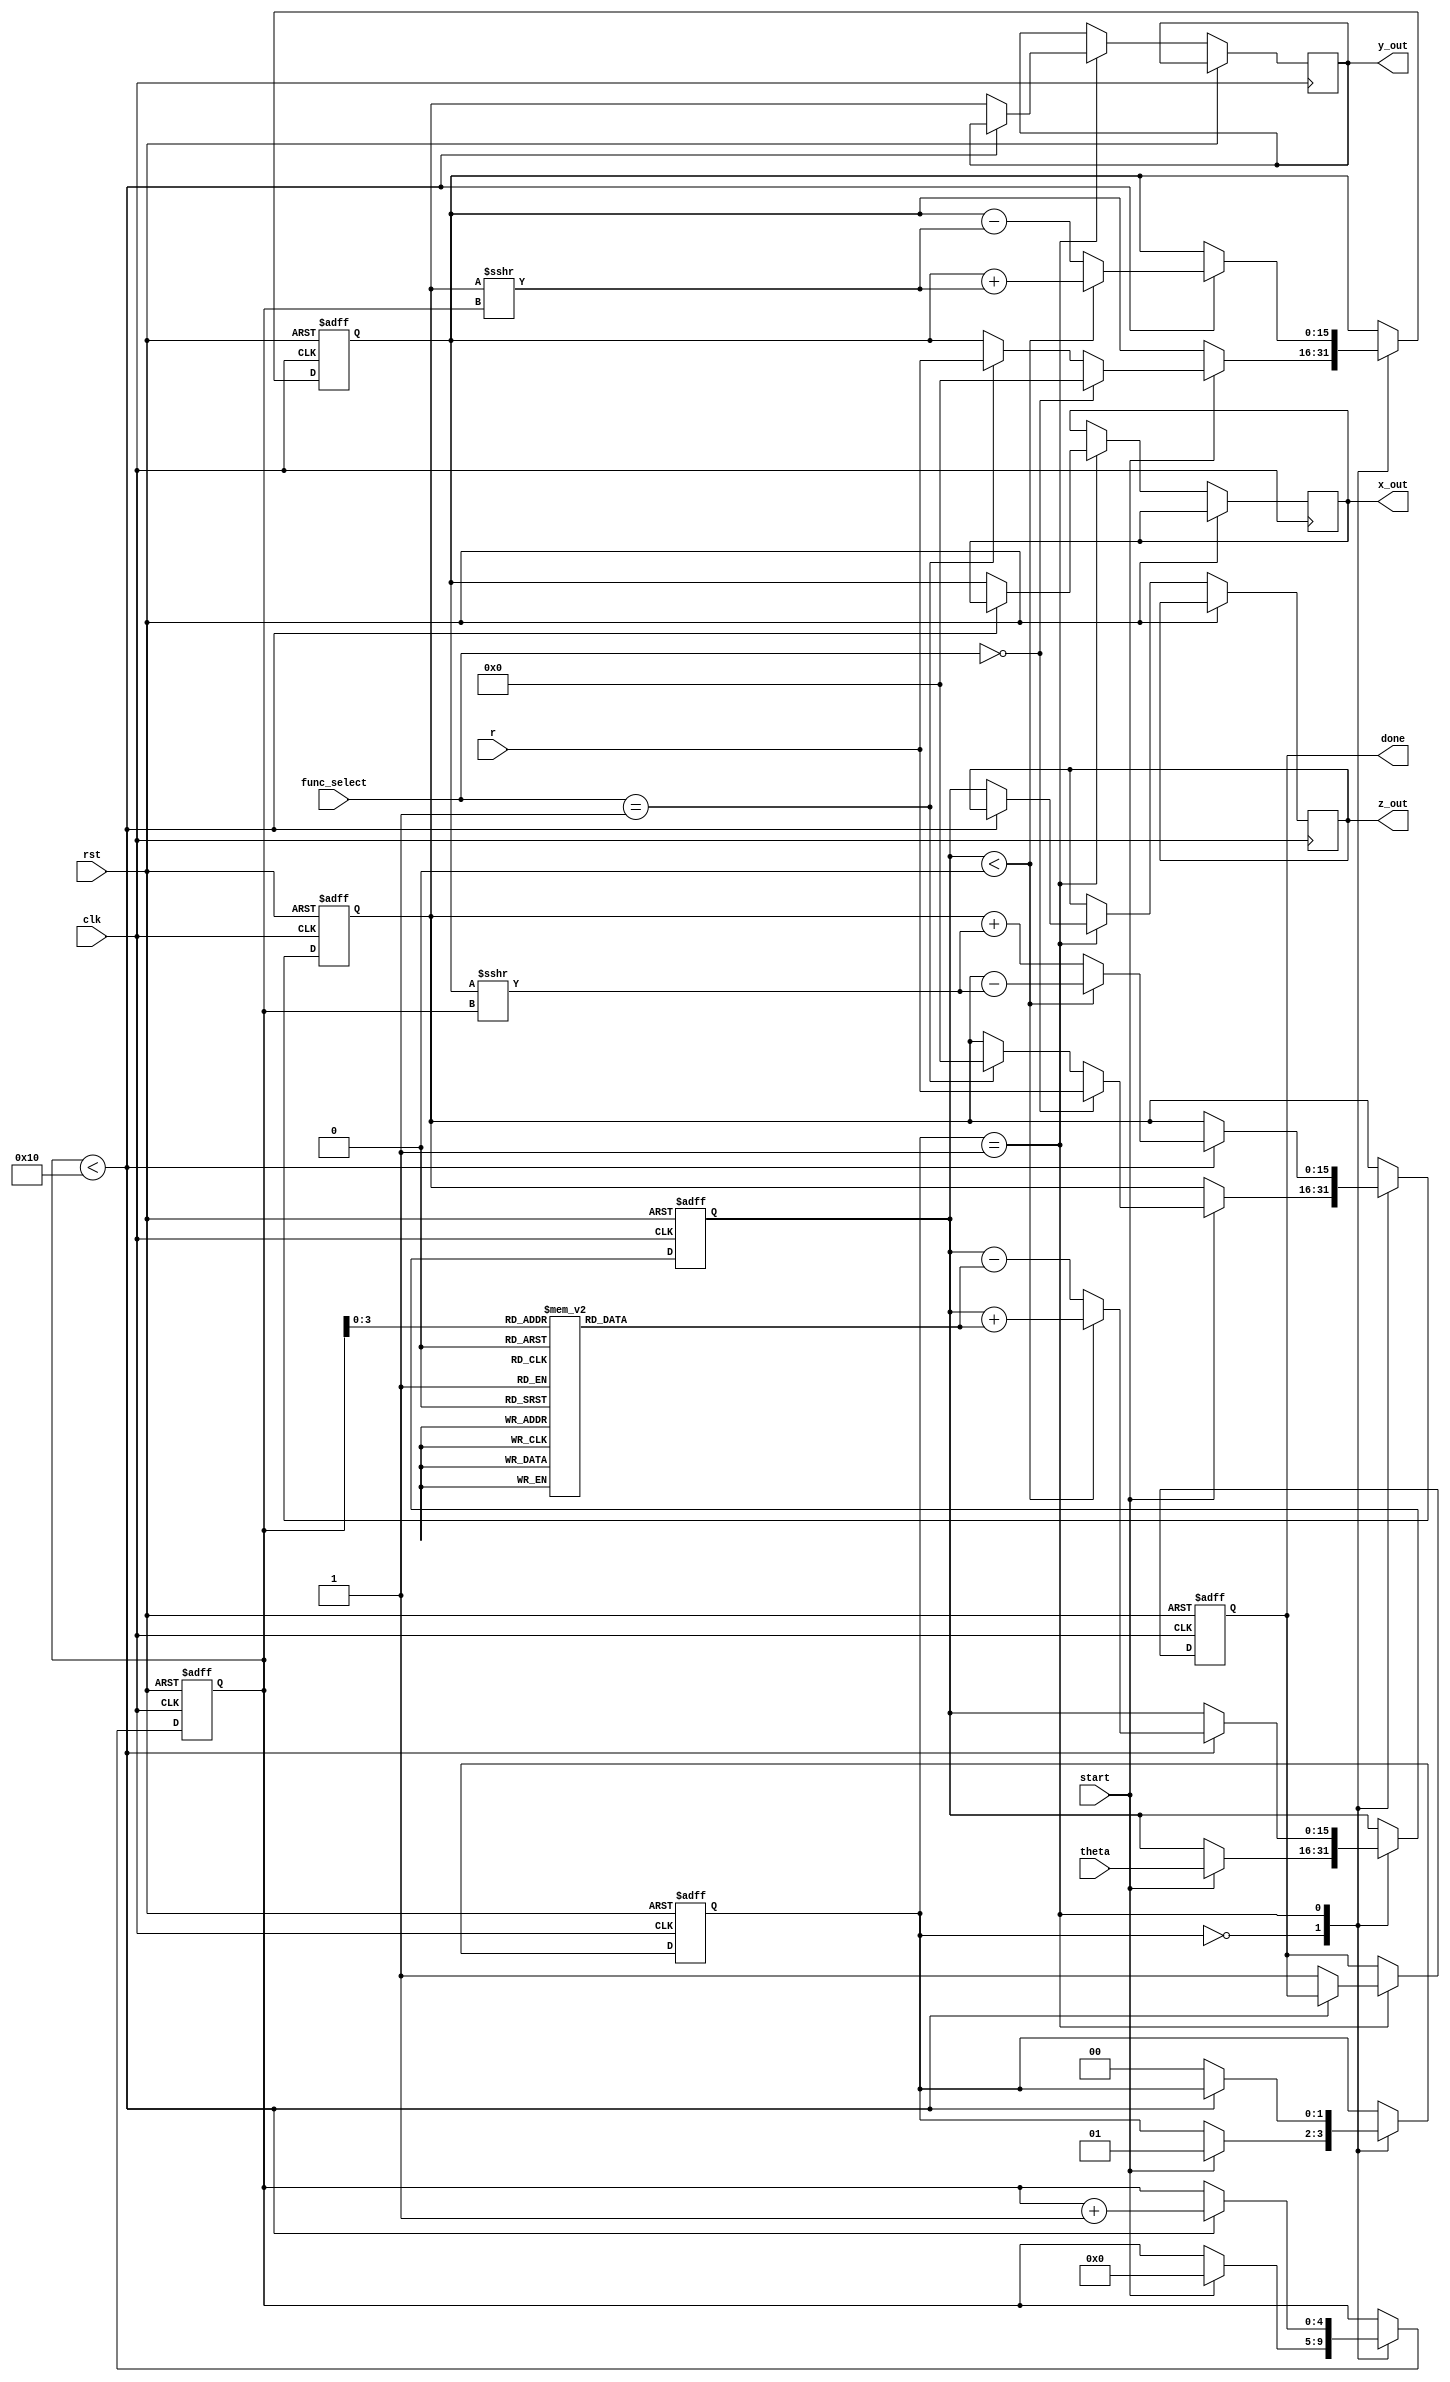
module cordic_fixed_point #(
    parameter WIDTH = 16,        // Bit-width for fixed-point representation
    parameter ITERATIONS = 16    // Number of iterations for precision
)(
    input wire clk,
    input wire rst,
    input wire start,
    input wire [WIDTH-1:0] theta, // Angle input in fixed-point representation
    input wire [WIDTH-1:0] r,      // Magnitude input for hyperbolic functions
    input wire [1:0] func_select,  // Function control signals (00: sine, 01: cosine)
    output reg [WIDTH-1:0] x_out,   // X output
    output reg [WIDTH-1:0] y_out,   // Y output
    output reg [WIDTH-1:0] z_out,   // Z output (angle or logarithm)
    output reg done
);

    // Internal registers
    reg [WIDTH-1:0] x_reg, y_reg, z_reg;
    reg [WIDTH-1:0] r_reg;
    reg [4:0] iteration; // To count iterations
    reg [1:0] state;     // State for FSM

    // Precomputed arctangent values for CORDIC
    reg [WIDTH-1:0] atan_table [0:ITERATIONS-1];

    initial begin
        // Initialize arctangent values (scaled)
        atan_table[0] = 16'h2000; // atan(2^0) = 0.7854 (in fixed-point)
        atan_table[1] = 16'h1400; // atan(2^-1) = 0.4636
        atan_table[2] = 16'h0A00; // atan(2^-2) = 0.2449
        // Continue filling the atan_table for more iterations...
    end

    // State machine for controlling the CORDIC iterations
    always @(posedge clk or posedge rst) begin
        if (rst) begin
            x_reg <= 16'h0000; // Initialize X
            y_reg <= 16'h0000; // Initialize Y
            z_reg <= 16'h0000; // Initialize Z
            r_reg <= r;        // Initialize radius
            iteration <= 0;    // Reset iteration counter
            state <= 0;        // Reset state
            done <= 0;         // Not done
        end else begin
            case (state)
                0: begin // Idle state
                    if (start) begin
                        // Initialize registers based on function
                        if (func_select == 2'b00) begin // Sine
                            x_reg <= 16'h0000; // X = 0
                            y_reg <= r;        // Y = r
                        end else if (func_select == 2'b01) begin // Cosine
                            x_reg <= r;        // X = r
                            y_reg <= 16'h0000; // Y = 0
                        end
                        z_reg <= theta;      // Load angle
                        iteration <= 0;      // Start from iteration 0
                        state <= 1;          // Move to iteration state
                    end
                end
                1: begin // Iteration state
                    if (iteration < ITERATIONS) begin
                        // CORDIC rotation calculations
                        if (z_reg < 0) begin
                            // Rotate clockwise
                            x_reg <= x_reg + (y_reg >>> iteration);
                            y_reg <= y_reg - (x_reg >>> iteration);
                            z_reg <= z_reg + atan_table[iteration];
                        end else begin
                            // Rotate counterclockwise
                            x_reg <= x_reg - (y_reg >>> iteration);
                            y_reg <= y_reg + (x_reg >>> iteration);
                            z_reg <= z_reg - atan_table[iteration];
                        end
                        iteration <= iteration + 1; // Increment iteration
                    end else begin
                        // Finished all iterations
                        x_out <= x_reg; // Output X
                        y_out <= y_reg; // Output Y
                        z_out <= z_reg; // Output Z
                        done <= 1;      // Indicate done
                        state <= 0;     // Go back to idle
                    end
                end
            endcase
        end
    end

endmodule